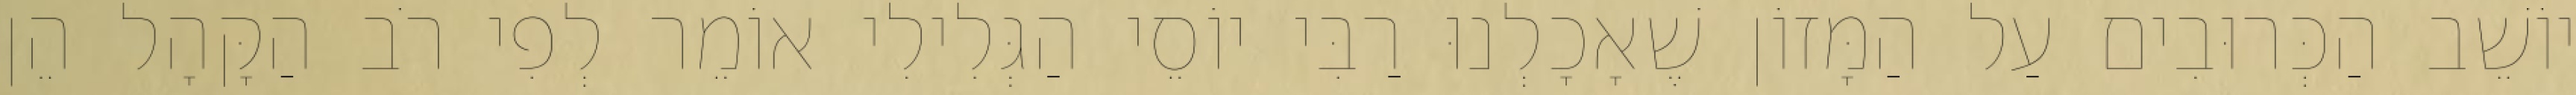
יוֹשֵׁב הַכְּרוּבִים עַל הַמָּזוֹן שֶׁאָכָלְנוּ רַבִּי יוֹסֵי הַגְּלִילִי אוֹמֵר לְפִי רֹב הַקָּהָל הֵן